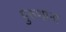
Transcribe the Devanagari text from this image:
पुरुशांना